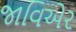
જાવિએર